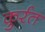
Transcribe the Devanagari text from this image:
कुर्रत